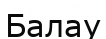
Балау